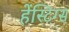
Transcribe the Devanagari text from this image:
हेंस्टिग्स